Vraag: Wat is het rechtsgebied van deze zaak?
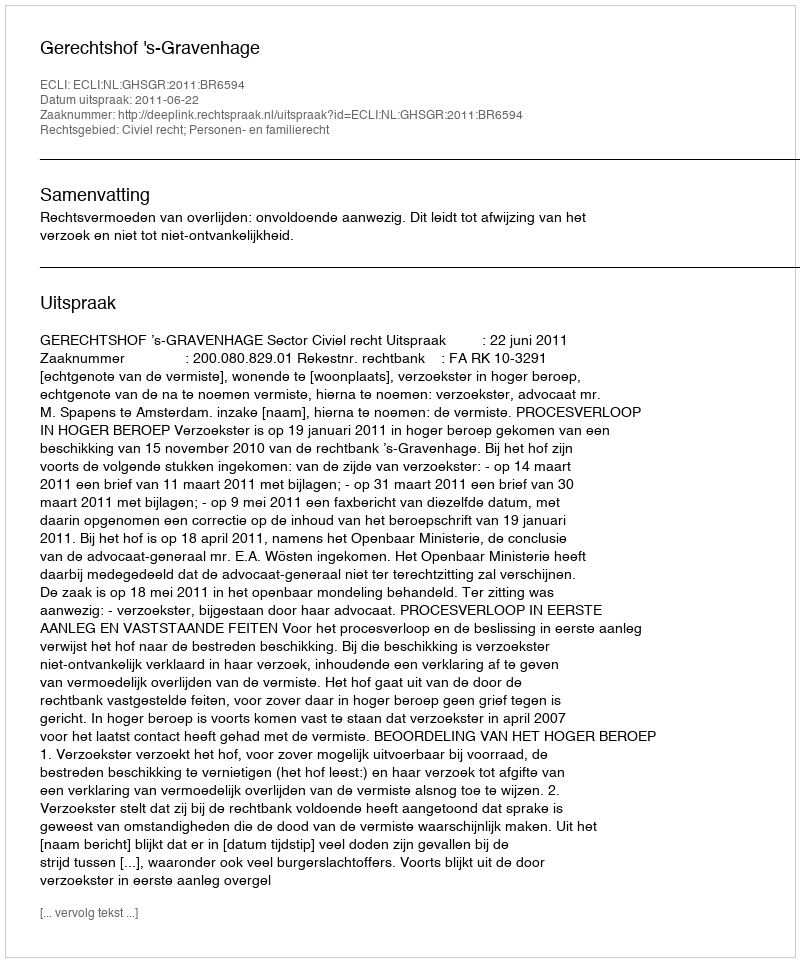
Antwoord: Civiel recht; Personen- en familierecht